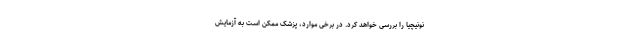
نونیچیا را بررسی خواهد کرد. در برخی موارد، پزشک ممکن است به آزمایش